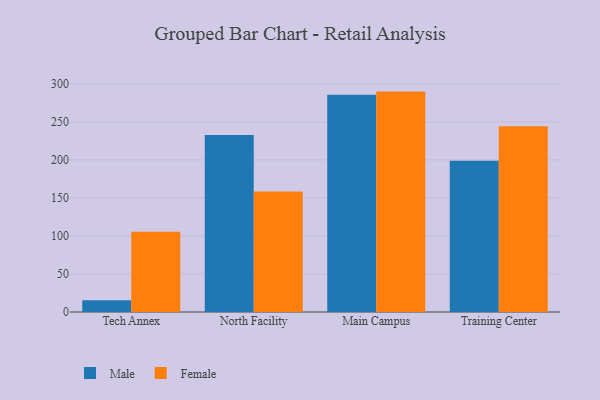
{"axis": {"x": "Campus", "y": "Demand Index"}, "legend": ["Female", "Male"], "data": [{"x": "Tech Annex", "y": 15.4, "type": "Male"}, {"x": "Tech Annex", "y": 105.4, "type": "Female"}, {"x": "North Facility", "y": 232.7, "type": "Male"}, {"x": "North Facility", "y": 158.5, "type": "Female"}, {"x": "Main Campus", "y": 285.5, "type": "Male"}, {"x": "Main Campus", "y": 289.8, "type": "Female"}, {"x": "Training Center", "y": 199.0, "type": "Male"}, {"x": "Training Center", "y": 244.3, "type": "Female"}]}